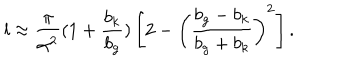
l \approx \frac { \pi } { \alpha ^ { 2 } } ( 1 + \frac { b _ { k } } { b _ { g } } ) \left[ 2 - \left( \frac { b _ { g } - b _ { k } } { b _ { g } + b _ { k } } \right) ^ { 2 } \right] .